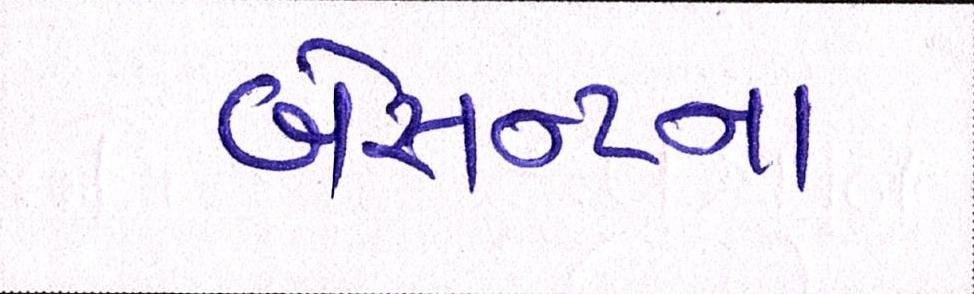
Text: બેસન્ટના